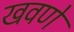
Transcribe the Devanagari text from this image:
खवणे